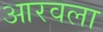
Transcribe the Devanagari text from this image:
आरवला